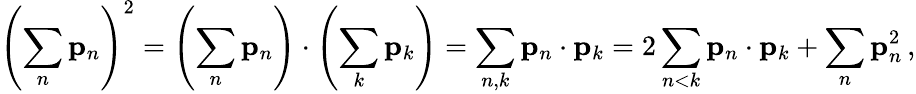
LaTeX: \left(\sum_{n}\mathbf{p}_{n}\right)^{2}=\left(\sum_{n}\mathbf{p}_{n}\right)\cdot\left(\sum_{k}\mathbf{p}_{k}\right)=\sum_{n,k}\mathbf{p}_{n}\cdot\mathbf{p}_{k}=2\sum_{n<k}\mathbf{p}_{n}\cdot\mathbf{p}_{k}+\sum_{n}\mathbf{p}_{n}^{2}\, ,